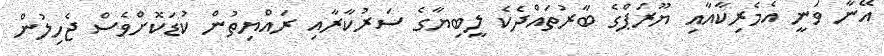
އޭނާ ވަނީ އެމެރިކާއާއި ޔޫރަޕްގެ ބާރުތައްދެކެ ލީބިޔާގެ ސަރުކާރާއި ރައްޔިތުން ކުޑަކޮށްވެސް ޖެހިލުން